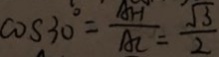
\cos 3 0 ^ { \circ } = \frac { A H } { A C } = \frac { \sqrt { 3 } } { 2 }